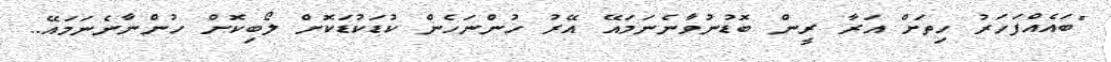
"ބައެއްފަހަރު ހިތަށް އަރާ ރީން ބޮޑުނުވާނެނަމައޭ އޭރު ހުންނަހެން ކުޑަކުޑަކޮށް ލޯބިކޮށް ހުންނާނެނަމައޭ..